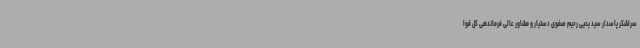
سرلشکر پاسدار سید یحیی رحیم صفوی دستیار و مشاور عالی فرماندهی کل قوا